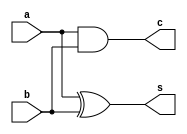
`timescale 1ns / 1ps
//////////////////////////////////////////////////////////////////////////////////
// Company: 
// Engineer: 
// 
// Design Name: 
// Module Name: fa
// Project Name: 
// Target Devices: 
// Tool Versions: 
// Description: 
// 
// Dependencies: 
// 
// Revision:
// Revision 0.01 - File Created
// Additional Comments:
// 
//////////////////////////////////////////////////////////////////////////////////

module ha(input a,b,output s,c);
assign s=a^b;
assign c=a&b;
endmodule
//////////////////////HALF ADDER///////////////////

module fa(
    input a,
    input b,
    input cin,
    output s,
    output cout
    );
    
    ha h1(.a(a),.b(b),.s(t1),.c(t2));
    ha h2(.a(t1),.b(cin),.s(s),.c(t3));
    assign cout=t2|t3;
endmodule